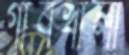
গাবখালী